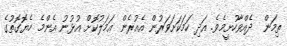
ތިމަން  ދެއްވާހުށީމެވެ. އަދި ހަމަކަށަވަރުން އެއުރެން ޢަމަލުކޮށް އުޅުނު އެންމެ ހެޔޮގޮތުގެ